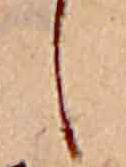
し